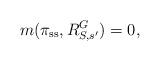
LaTeX: \begin{align*} m(\pi_{\rm ss}, R^G_{S, s'})=0,\end{align*}